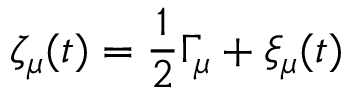
\zeta _ { \mu } ( t ) = \frac { 1 } { 2 } \Gamma _ { \mu } + \xi _ { \mu } ( t )